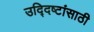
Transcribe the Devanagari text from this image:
उद्‍दिष्टांसाठी